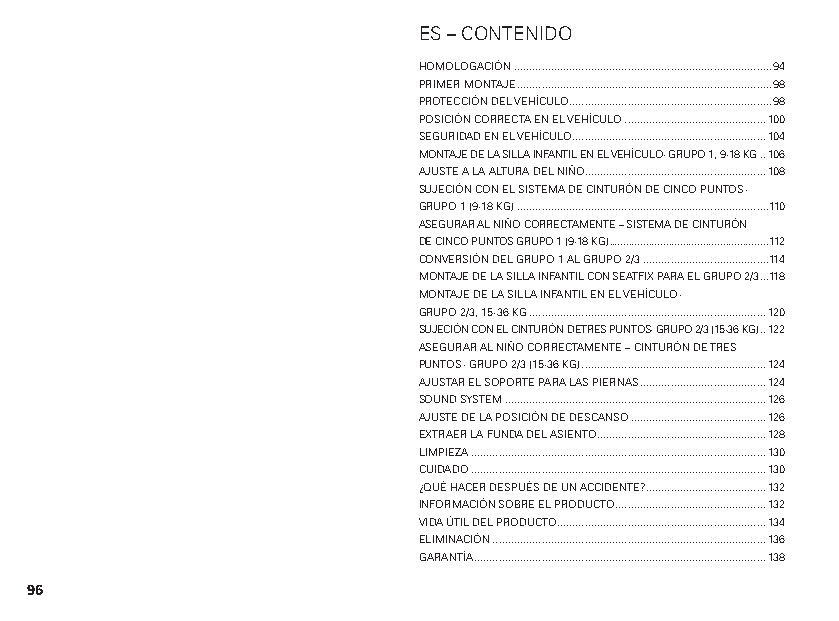
ES – CONTENIDO
 HOMOLOGACIÓN ....................................................................................94
 PRIMER MONTAJE ...................................................................................98
 PROTECCIÓN DEL VEHÍCULO ..................................................................98
 POSICIÓN CORRECTA EN EL VEHÍCULO ..............................................100
 SEGURIDAD EN EL VEHÍCULO ...............................................................104
 MONTAJE DE LA SILLA INFANTIL EN EL VEHÍCULO - GRUPO 1, 9-18 KG ..106
 AJUSTE A LA ALTURA DEL NIÑO ...........................................................108
 SUJECIÓN CON EL SISTEMA DE CINTURÓN DE CINCO PUNTOS -
 GRUPO 1 (9-18 KG) ..................................................................................110
 ASEGURAR AL NIÑO CORRECTAMENTE – SISTEMA DE CINTURÓN
 DE CINCO PUNTOS GRUPO 1 (9-18 KG) ........................................................112
 CONVERSIÓN DEL GRUPO 1 AL GRUPO 2/3 .........................................114
 MONTAJE DE LA SILLA INFANTIL CON SEATFIX PARA EL GRUPO 2/3 ...118
 MONTAJE DE LA SILLA INFANTIL EN EL VEHÍCULO -
 GRUPO 2/3, 15-36 KG .............................................................................120
 SUJECIÓN CON EL CINTURÓN DE TRES PUNTOS - GRUPO 2/3 (15-36 KG) ..122
 ASEGURAR AL NIÑO CORRECTAMENTE – CINTURÓN DE TRES
 PUNTOS - GRUPO 2/3 (15-36 KG) ............................................................124
 AJUSTAR EL SOPORTE PARA LAS PIERNAS .........................................124
 SOUND SYSTEM .....................................................................................126
 AJUSTE DE LA POSICIÓN DE DESCANSO ............................................126
 EXTRAER LA FUNDA DEL ASIENTO .......................................................128
 LIMPIEZA ................................................................................................130
 CUIDADO ................................................................................................130
 ¿QUÉ HACER DESPUÉS DE UN ACCIDENTE?.......................................132
 INFORMACIÓN SOBRE EL PRODUCTO .................................................132
 VIDA ÚTIL DEL PRODUCTO ....................................................................134
 ELIMINACIÓN .........................................................................................136
 GARANTÍA ...............................................................................................138
 96